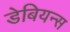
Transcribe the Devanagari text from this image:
डेबियन्स